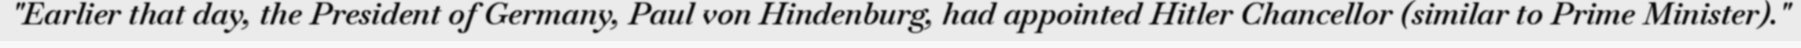
"Earlier that day, the President of Germany, Paul von Hindenburg, had appointed Hitler Chancellor (similar to Prime Minister)."